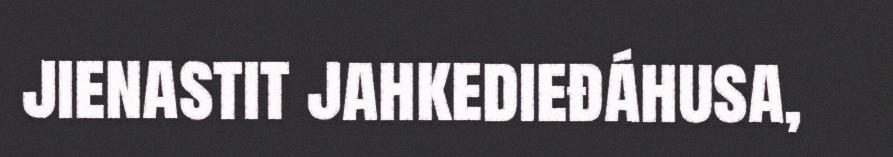
jienastit jahkedieđáhusa,